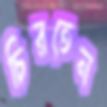
চিরতেন